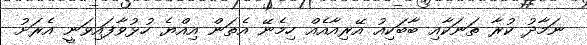
ނަމާދު ކުރާ ތަނަކާއި ބާބަކިއު އޭރިއާއެއް ހިމެނޭ އެތަން އިއްޔެ ހުޅުވާފައިވަނީ އެރަށު